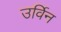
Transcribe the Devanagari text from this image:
उर्विन